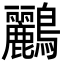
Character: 鸝